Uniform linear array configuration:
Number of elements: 24
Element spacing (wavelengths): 1
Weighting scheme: hann
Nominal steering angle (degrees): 15
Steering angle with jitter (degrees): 16.025
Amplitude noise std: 0.05
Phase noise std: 0.05

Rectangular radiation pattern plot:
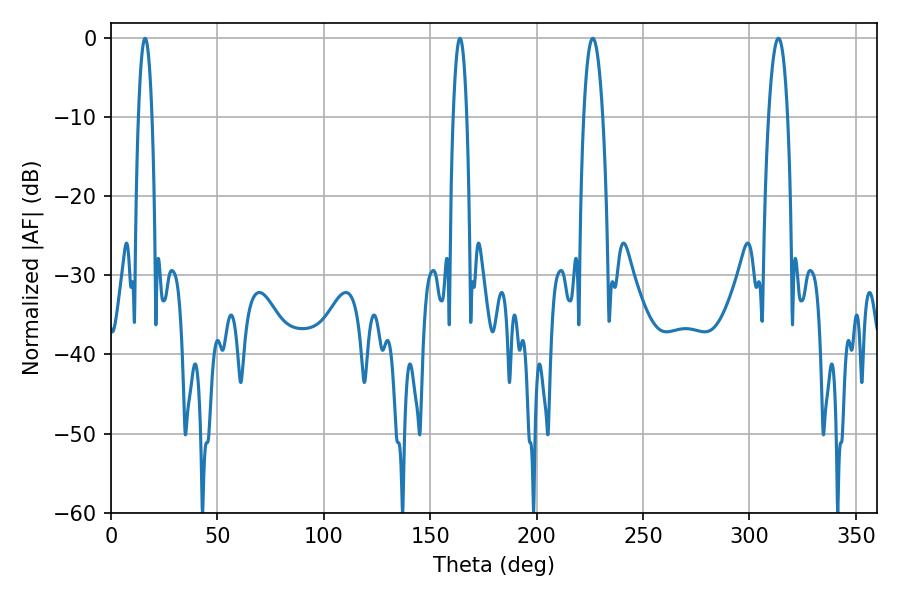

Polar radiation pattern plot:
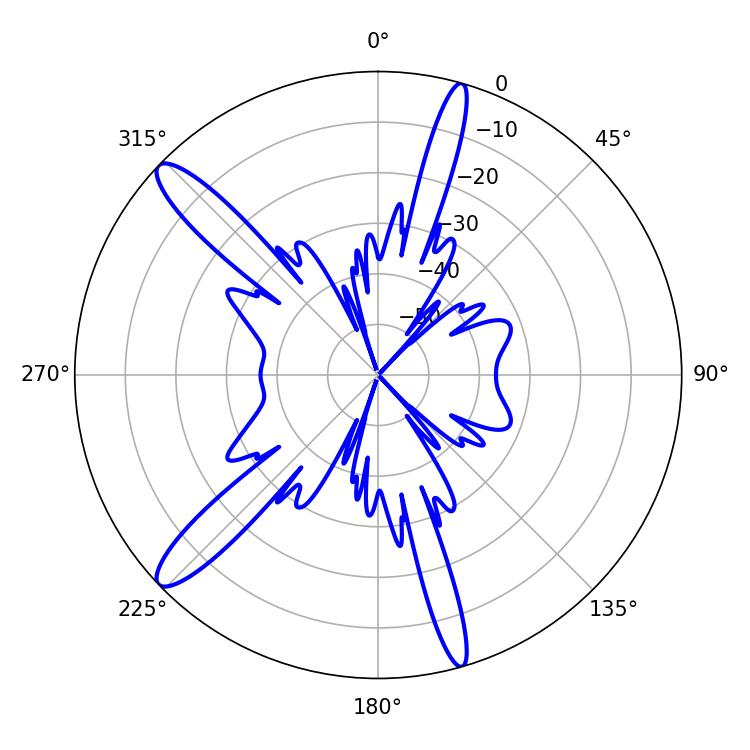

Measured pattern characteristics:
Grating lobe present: TRUE
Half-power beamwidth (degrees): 3.6
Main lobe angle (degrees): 16.02